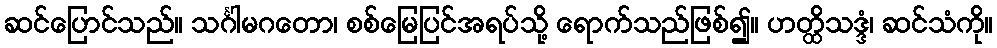
ဆင်ပြောင်သည်။ သင်္ဂါမဂတော၊ စစ်မြေပြင်အရပ်သို့ ရောက်သည်ဖြစ်၍။ ဟတ္ထိသဒ္ဒံ၊ ဆင်သံကို။